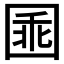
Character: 𡇸